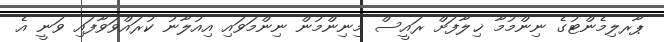
ޕާރލިމެންޓުގެ ނިންމުމާ ޚިލާފަށް ރައީސް މިނިންމުން ނިންމަވައި އިއުލާނު ކުރައްވަވާފައި ވަނީ އެ